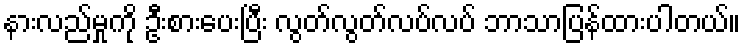
နားလည်မှုကို ဦးစားပေးပြီး လွတ်လွတ်လပ်လပ် ဘာသာပြန်ထားပါတယ်။